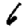
Digit: 6